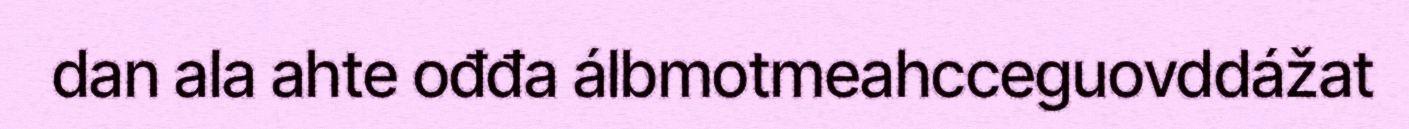
dan ala ahte ođđa álbmotmeahcceguovddážat